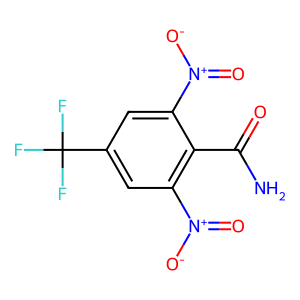
SMILES: NC(=O)c1c([N+](=O)[O-])cc(C(F)(F)F)cc1[N+](=O)[O-]
Inhibits HIV replication: No